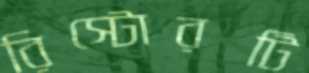
রিস্টোরটি